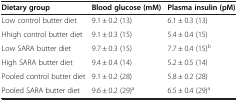
<table><thead><tr><td><b>Dietary group</b></td><td><b>Blood glucose (mM)</b></td><td><b>Plasma insulin (pM)</b></td></tr></thead><tbody><tr><td>Low control butter diet</td><td>9.1 ± 0.2 (13)</td><td>6.1 ± 0.3 (13)</td></tr><tr><td>Hhigh control butter diet</td><td>9.1 ± 0.3 (15)</td><td>5.4 ± 0.4 (15)</td></tr><tr><td>Low SARA butter diet</td><td>9.7 ± 0.3 (15)</td><td>7.7 ± 0.4 (15)<sup>b</sup></td></tr><tr><td>High SARA butter diet</td><td>9.4 ± 0.4 (14)</td><td>5.2 ± 0.5 (14)</td></tr><tr><td>Pooled control butter diet</td><td>9.1 ± 0.2 (28)</td><td>5.8 ± 0.2 (28)</td></tr><tr><td>Pooled SARA butter diet</td><td>9.6 ± 0.2 (29)<sup>a</sup></td><td>6.5 ± 0.4 (29)<sup>a</sup></td></tr></tbody></table>